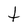
Character: t